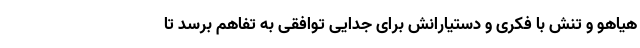
هیاهو و تنش با فکری و دستیارانش برای جدایی توافقی به تفاهم برسد تا